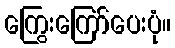
ကြွေးကြော်ပေးပုံ။